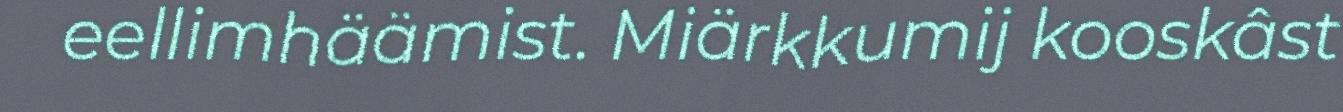
eellimhäämist. Miärkkumij kooskâst